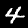
Label: 4